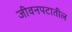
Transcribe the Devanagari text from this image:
जीवनपटातील